Annual administration report of the Civil Veterinary Department of India - 1910-1911
Year: 1910
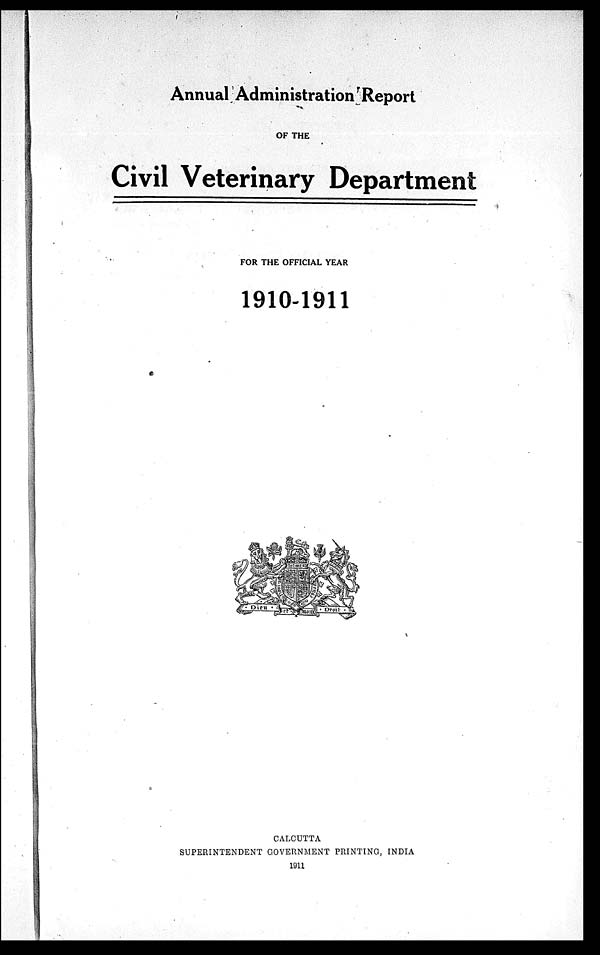
Annual Administration Report
OF THE
Civil Veterinary Department
FOR THE OFFICIAL YEAR
1910-1911
CALCUTTA
SUPERINTENDENT GOVERNMENT PRINTING, INDIA
1911